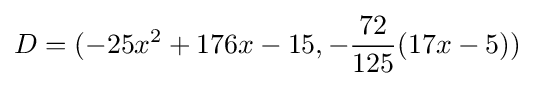
D=(-25x^{2}+176x-15,-{\frac {72}{125}}(17x-5))